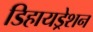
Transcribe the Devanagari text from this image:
डिहायड्रेशन